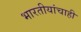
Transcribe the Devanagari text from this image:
भारतीयांचाही